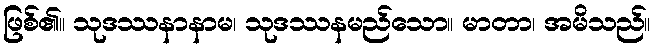
ဖြစ်၏။ သုဒဿနာနာမ၊ သုဒဿနမည်သော။ မာတာ၊ အမိသည်။